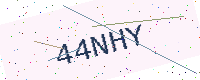
Text: 44NHY